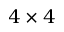
4 \times 4